Annual report of the Imperial Bacteriological Laboratory, Muktesar
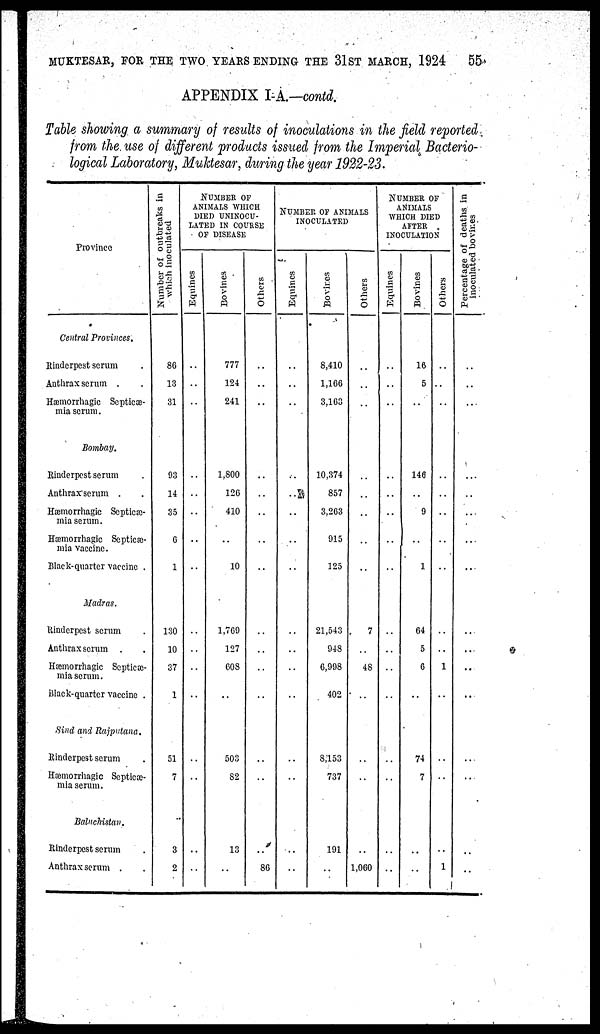
MUKTESAR, FOR THE TWO YEARS ENDING THE 31 ST MARCH, 1924
55
APPENDIX I-A—contd.
Table showing a summary of results of inoculations in the field reported
from the use of different products issued from the Imperial Bacterio-
logical Laboratory, Mulctesar, during the year 1922-23.
Province
Central Provinces.
Rinderpest serum
Anthrax serum .
Hæmorrhagic Septicæ-
mia serum.
Bombay.
Rinderpest serum
Anthraxserum . .
Hæmorrhagic Septicæ-
mia serum.
Hæmorrhagic Septicæ-
mia vaccine.
Black-quarter vaccine .
Madras.
Rinderpest serum
Anthrax serum .
Hæmorrhagic Septicæ-
mia serum.
Black-quarter vaccine .
Sind and Rajputana.
Rinderpest serum .
Hæmorrhagic Septiæ-
mia serum.
Baluchistan.
Rinderpest serum
Anthrax serum .
Number of outbreaks in
which inoculated
86
13
31
93
14
35
6
1
130
10
37
1
51
7
3
2
NUMBER OF
ANIMALS WHICH
DIED UNINOCU¬
LATED IN COURSE
OF DISEASE
Equines
..
..
..
..
..
..
..
..
..
..
..
..
..
..
Bovines
777
124
241
1,800
126
410
10
1,769
127
608
503
82
13
..
Others
..
..
..
..
..
..
..
..
..
..
..
..
..
86
NUMBER OF ANIMALS
INOCULATED
Equines
..
..
..
..
..
..
..
..
..
..
..
..
..
..
Bovines
8,410
1,166
3,163
10,374
857
3,263
915
125
21,543
948
6,998
402
8,153
737
191
..
Others
..
..
..
..
..
..
..
7
..
48
..
..
..
..
1,060
NUMBER OF
ANIMALS
WHICH DIED
AFTER
INOCULATION
Equines
..
..
..
..
..
..
..
..
..
..
..
..
..
..
Bovines
16
5
..
146
..
9
1
64
5
6
..
74
7
..
..
Others
..
..
..
..
..
..
..
..
..
1
..
..
..
..
1
Percentage of deaths in
inoculated bovines
..
..
..
...
..
..
..
..
..
..
..
..
..
..
..